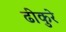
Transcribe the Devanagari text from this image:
ढीकुरे